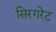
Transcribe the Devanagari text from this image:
सिरगरेट